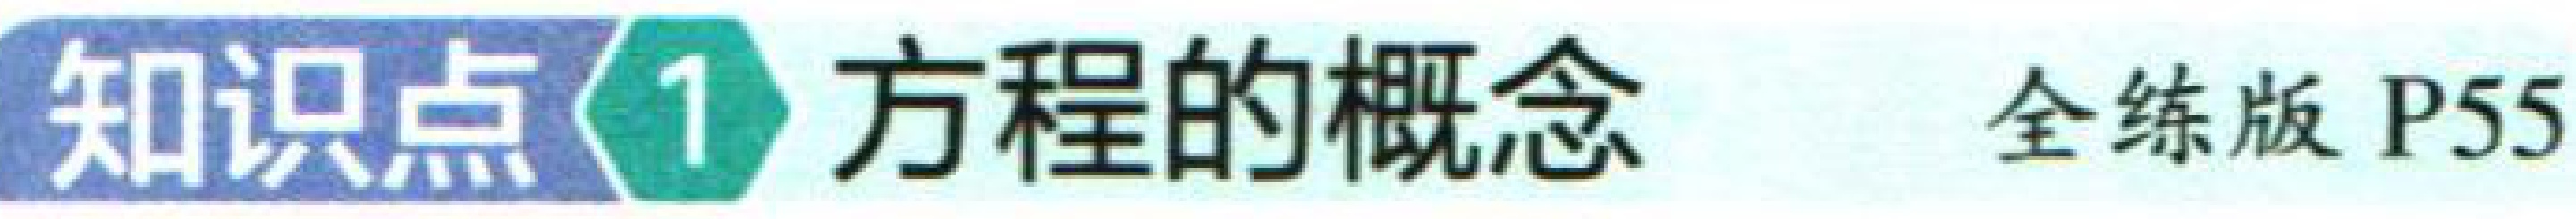
知识点1 方程的概念 全练版 P55